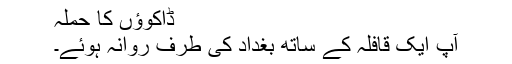
ڈاکوؤں کا حملہ
آپ ایک قافلہ کے ساتھ بغداد کی طرف روانہ ہوئے۔